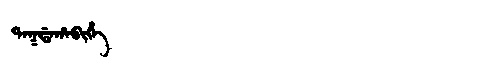
Manchu: ᡨᠠᡴᡩᠠᡥᠠᠪᡳᡥᡝ
Romanization: TAKDAHABIHE